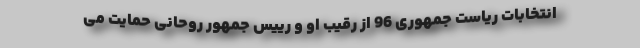
انتخابات ریاست جمهوری 96 از رقیب او و رییس جمهور روحانی حمایت می‌